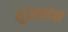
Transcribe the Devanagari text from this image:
शुक्रस्तंभ